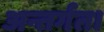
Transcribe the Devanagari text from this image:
अन्तर्गत।